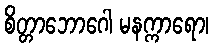
စိတ္တာဘောဂေါ မနက္ကာရော၊